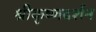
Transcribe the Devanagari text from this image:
श्रीकृष्णदर्शन